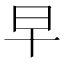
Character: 早